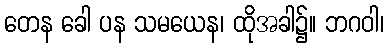
တေန ခေါ ပန သမယေန၊ ထိုအခါ၌။ ဘဂဝါ၊